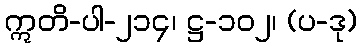
ဣတိ-ပါ-၂၁၄၊ ဋ္ဌ-၁၀၂၊ (ပ-ဒု)